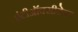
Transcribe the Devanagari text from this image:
एंटीऑक्सीडेन्ट